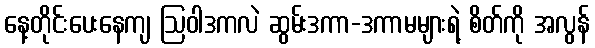
နေ့တိုင်းပေးနေကျ ဩဝါဒကလဲ ဆွမ်းဒကာ-ဒကာမများရဲ့ စိတ်ကို အလွန်